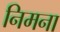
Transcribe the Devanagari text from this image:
निमना